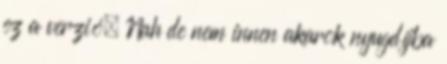
ez a verzió. Nah de nem innen akarok nyugdíjba